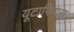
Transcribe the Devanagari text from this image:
यूटाफियस